Liigvalla_vallavalitsus, lk 93
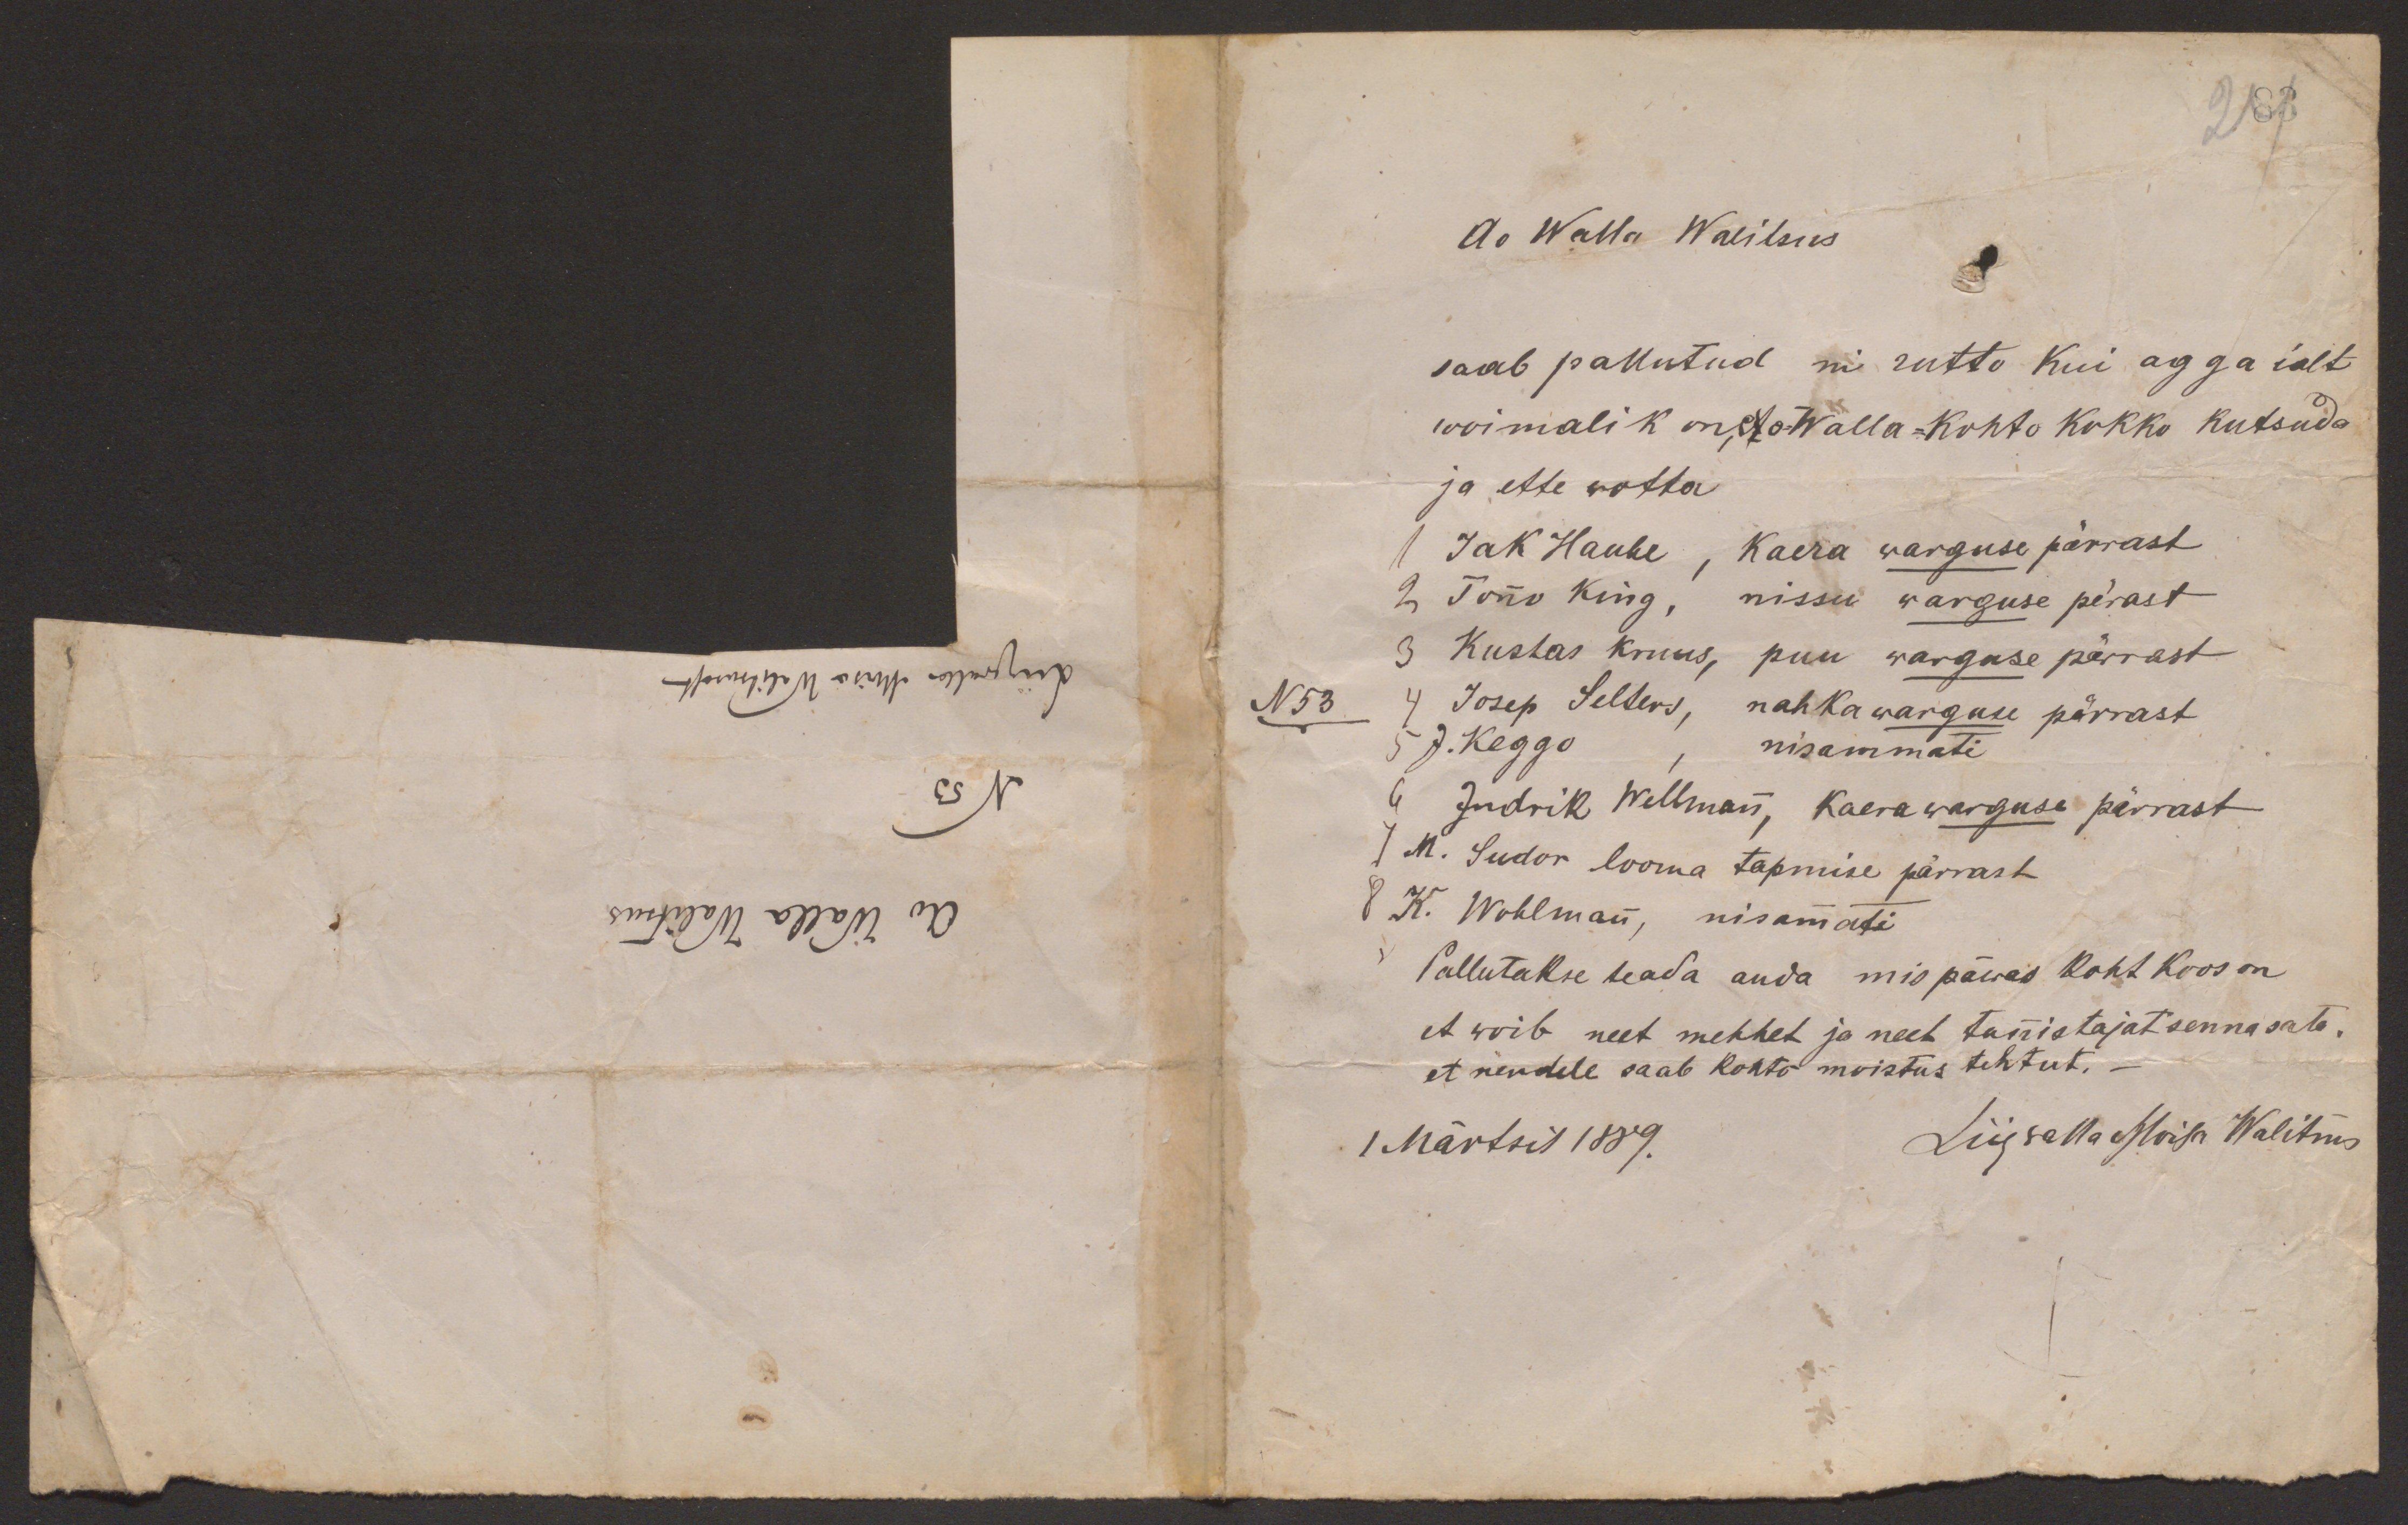
Liigwalla Moisa Walitsusest
N 53
Ao Walla Walitsus

Ao Walla Walitsus
saab pallutud ni rutto kui agga ialt
woimalik on, Ao-Walla-kohto kokko kutsuda
ja ette wotta
1 Jak Haube, kaera warguse pärrast
2 Tõnno King, nissu warguse pärast
3 Kustas Kruus, puu warguse pärrast
N53 4 Josep Selters, nahka warguse pärrast
5 J. Keggo, nisammati
6 Indrik Weltmann, kaera warguse pärrast
7 M. Sudor looma tapmise pärrast
8 K. Wohlmann, nisammati
Pallutakse teada anda mis päwas koht koos on
et woib neet mehhet ja neet tunnistajat senna sata,
et nendele saab kohto moistus tehtut. -
1 Märtsil 1889.
Liigwalla Moisa Walitsus